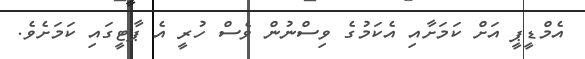
އެމްޑީޕީ އަށް ކަމަށާއި އެކަމުގެ ވިސްނުން ވެސް ހުރީ އެ ޕާޓީގައި ކަމަށެވެ.